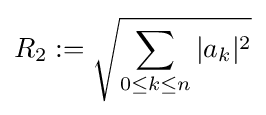
R_{2}:={\sqrt {\sum _{0\leq k\leq n}|a_{k}|^{2}}}